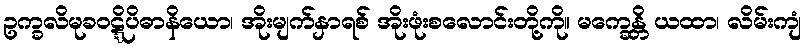
ဥက္ခလိမုခဝဋ္ဋိပိဓာနိယော၊ အိုးမျက်နှာရစ် အိုးဖုံးစလောင်းတို့ကို။ မက္ခေန္တိ ယထာ၊ လိမ်းကျံ